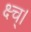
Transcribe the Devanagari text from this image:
क्ष्च्।